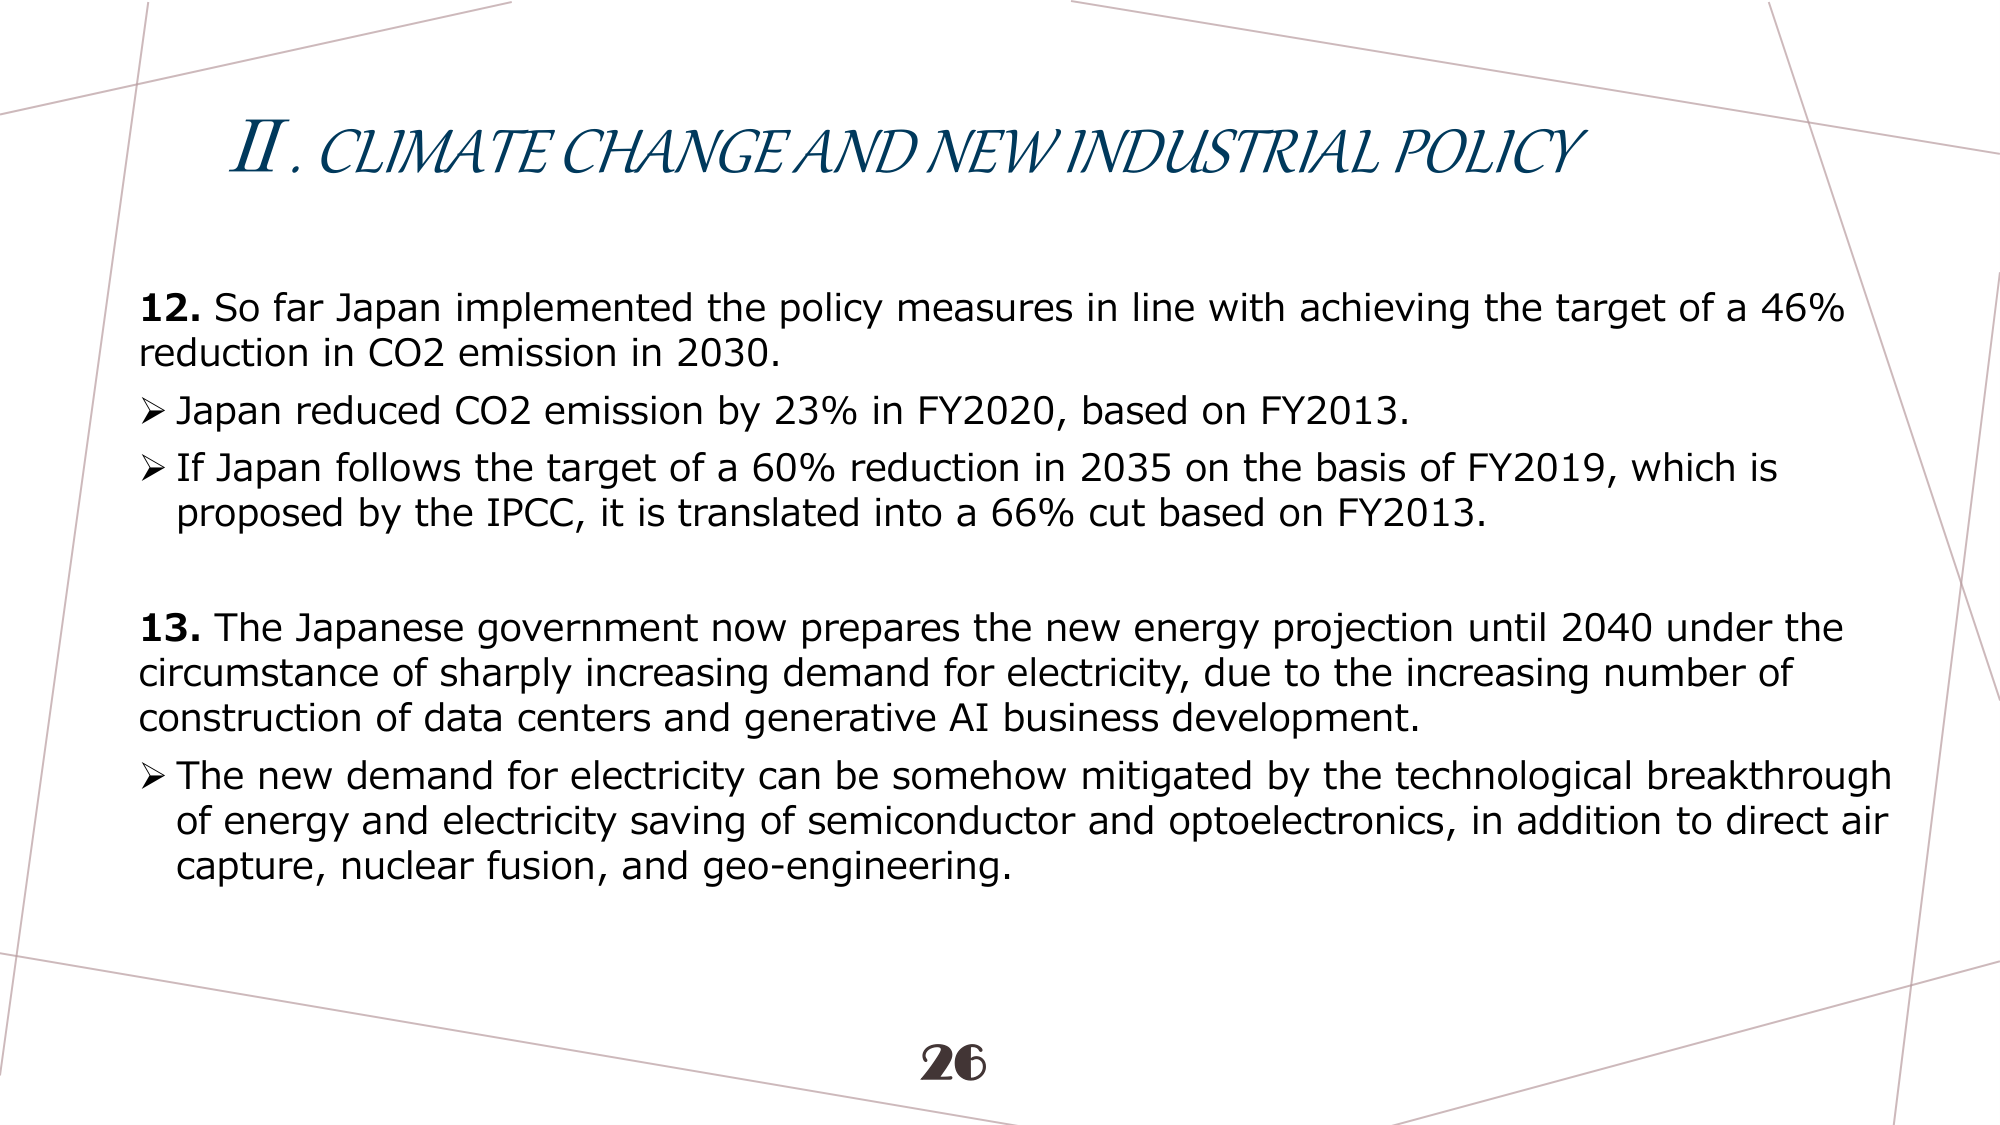
II. CLIMATE CHANGE AND NEW INDUSTRIAL POLICY

12. So far Japan implemented the policy measures in line with achieving the target of a 46% reduction in CO2 emission in 2030.
➤ Japan reduced CO2 emission by 23% in FY2020, based on FY2013.
➤ If Japan follows the target of a 60% reduction in 2035 on the basis of FY2019, which is proposed by the IPCC, it is translated into a 66% cut based on FY2013.

13. The Japanese government now prepares the new energy projection until 2040 under the circumstance of sharply increasing demand for electricity, due to the increasing number of construction of data centers and generative AI business development.
➤ The new demand for electricity can be somehow mitigated by the technological breakthrough of energy and electricity saving of semiconductor and optoelectronics, in addition to direct air capture, nuclear fusion, and geo-engineering.

26